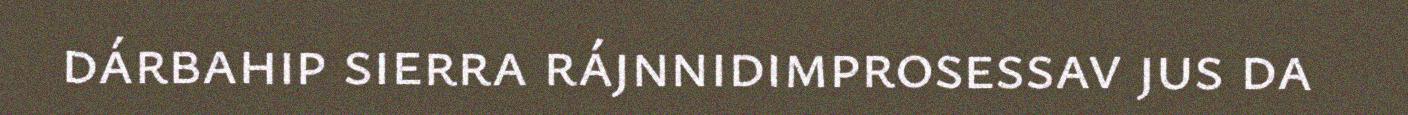
dárbahip sierra rájnnidimprosessav jus da